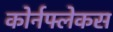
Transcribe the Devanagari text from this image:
कोर्नफ्लेकस